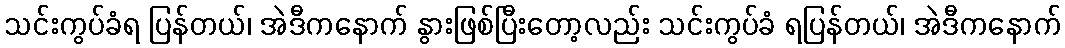
သင်းကွပ်ခံရ ပြန်တယ်၊ အဲဒီကနောက် နွားဖြစ်ပြီးတော့လည်း သင်းကွပ်ခံ ရပြန်တယ်၊ အဲဒီကနောက်